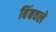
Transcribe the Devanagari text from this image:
बिंबवले